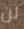
لن